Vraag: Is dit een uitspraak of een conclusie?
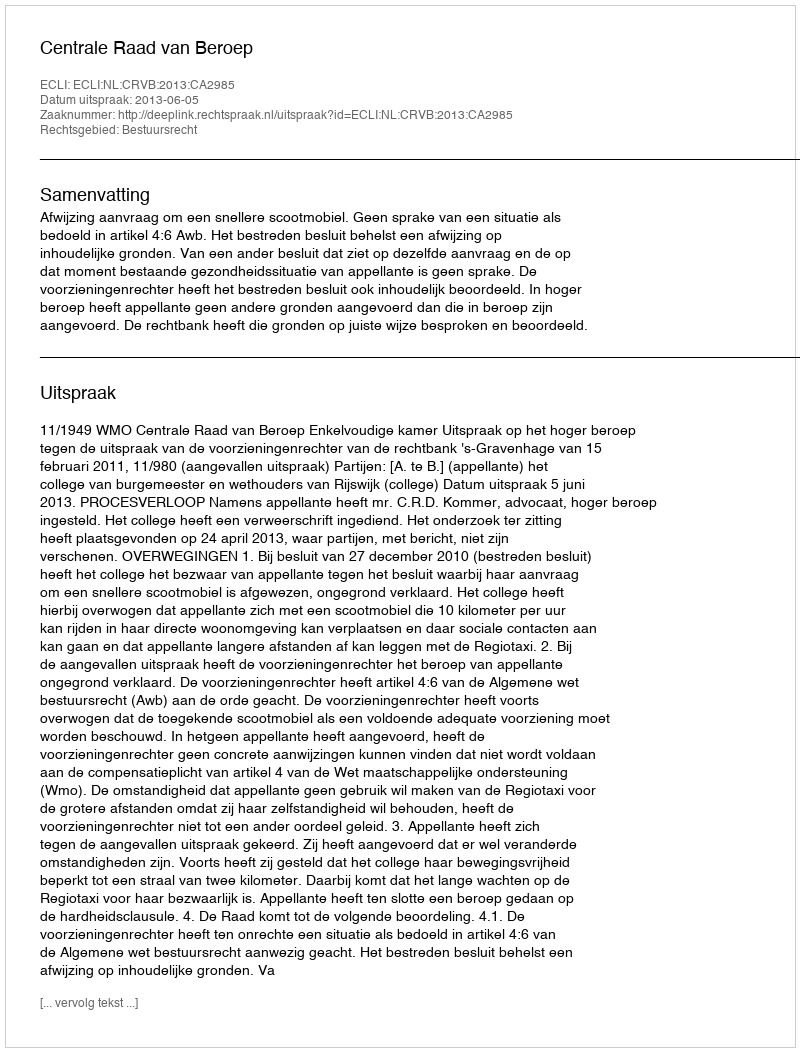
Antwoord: Uitspraak